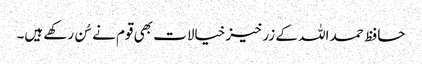
حافظ حمد اللہ کے زرخیز خیالات بھی قوم نے سُن رکھے ہیں۔